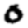
Digit: 0